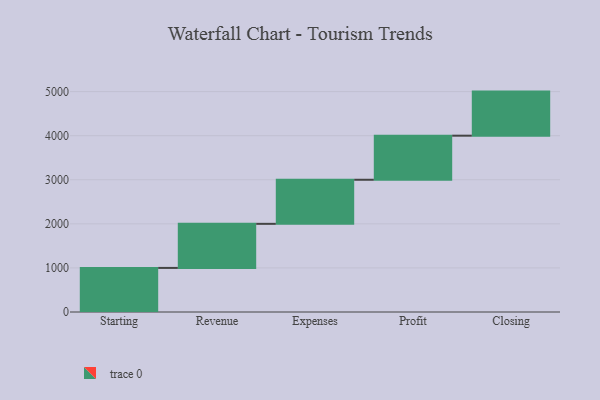
{"axis": {"x": "Step", "y": "Value"}, "legend": [""], "data": [{"x": "Starting", "y": 1000, "type": ""}, {"x": "Revenue", "y": 1000, "type": ""}, {"x": "Expenses", "y": 1000, "type": ""}, {"x": "Profit", "y": 1000, "type": ""}, {"x": "Closing", "y": 1000, "type": ""}]}